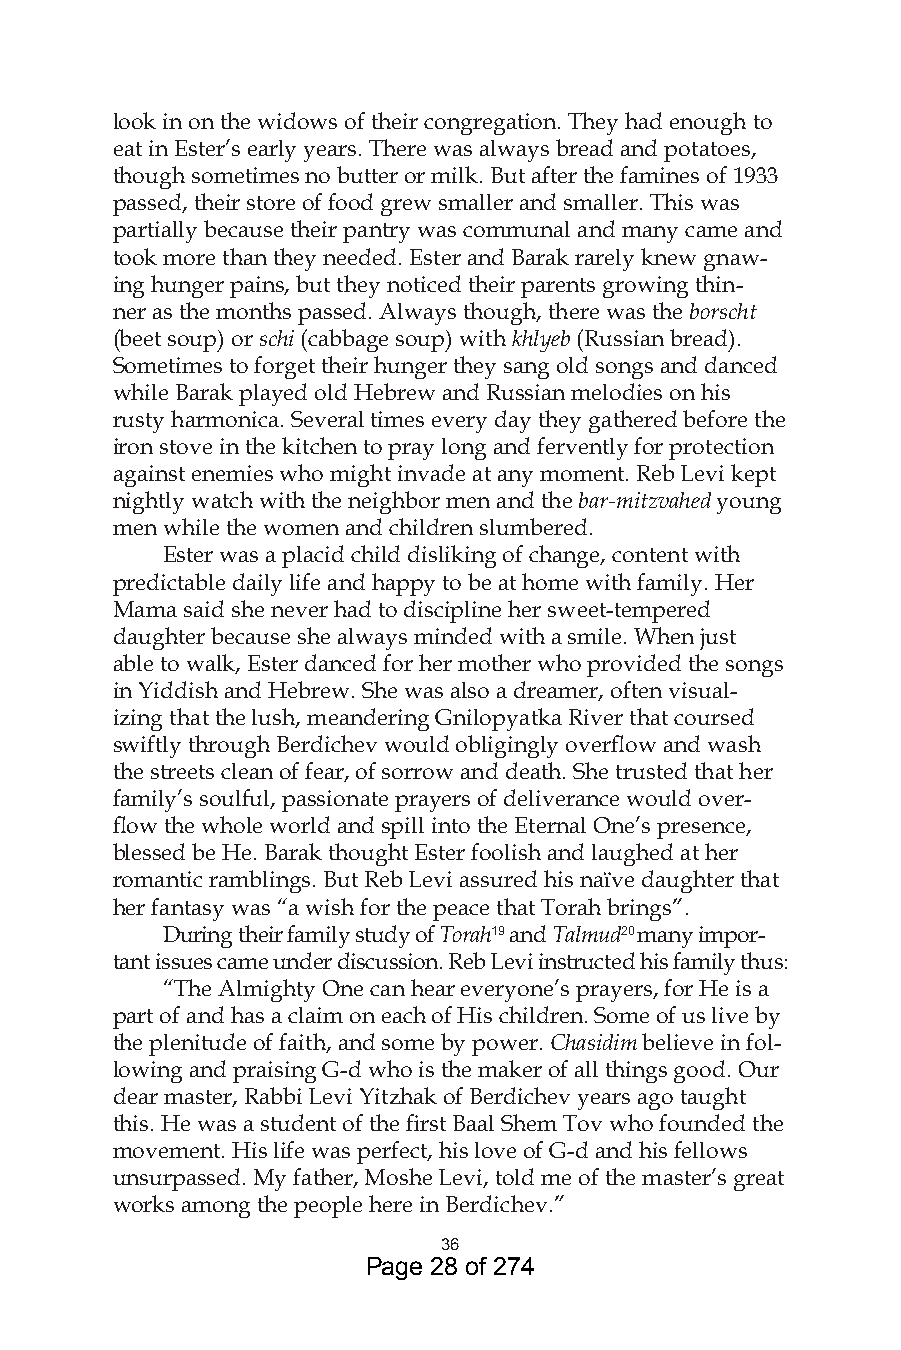
look in on the widows of their congregation. They had enough to
 eat in Ester’s early years. There was always bread and potatoes,
 though sometimes no butter or milk. But after the famines of 1933
 passed, their store of food grew smaller and smaller. This was
 partially because their pantry was communal and many came and
 took more than they needed. Ester and Barak rarely knew gnaw-
 ing hunger pains, but they noticed their parents growing thin-
 ner as the months passed. Always though, there was the borscht
 (beet soup) or schi (cabbage soup) with khlyeb (Russian bread).
 Sometimes to forget their hunger they sang old songs and danced
 while Barak played old Hebrew and Russian melodies on his
 rusty harmonica. Several times every day they gathered before the
 iron stove in the kitchen to pray long and fervently for protection
 against enemies who might invade at any moment. Reb Levi kept
 nightly watch with the neighbor men and the bar-mitzvahed young
 men while the women and children slumbered.
 Ester was a placid child disliking of change, content with
 predictable daily life and happy to be at home with family. Her
 Mama said she never had to discipline her sweet-tempered
 daughter because she always minded with a smile. When just
 able to walk, Ester danced for her mother who provided the songs
 in Yiddish and Hebrew. She was also a dreamer, often visual-
 izing that the lush, meandering Gnilopyatka River that coursed
 swiftly through Berdichev would obligingly overflow and wash
 the streets clean of fear, of sorrow and death. She trusted that her
 family’s soulful, passionate prayers of deliverance would over-
 flow the whole world and spill into the Eternal One’s presence,
 blessed be He. Barak thought Ester foolish and laughed at her
 romantic ramblings. But Reb Levi assured his naïve daughter that
 her fantasy was “a wish for the peace that Torah brings”.
 During their family study of Torah9 and Talmud0 many impor-
 tant issues came under discussion. Reb Levi instructed his family thus:
 “The Almighty One can hear everyone’s prayers, for He is a
 part of and has a claim on each of His children. Some of us live by
 the plenitude of faith, and some by power. Chasidim believe in fol-
 lowing and praising G-d who is the maker of all things good. Our
 dear master, Rabbi Levi Yitzhak of Berdichev years ago taught
 this. He was a student of the first Baal Shem Tov who founded the
 movement. His life was perfect, his love of G-d and his fellows
 unsurpassed. My father, Moshe Levi, told me of the master’s great
 works among the people here in Berdichev.”
 6
 Page 28 of 274